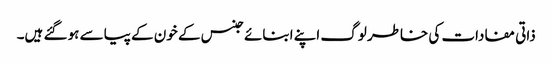
ذاتی مفادات کی خاطر لوگ اپنے ابنائے جنس کے خون کے پیاسے ہو گئے ہیں۔